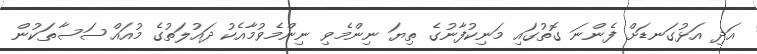
އަދި އަޅުގަނޑަށް ފެންނަ ގޮތުގައި މަނިކުފާނުގެ ތިޔަ ނިންމެވި ނިންމެވުމާއެކު ދައުލަތުގެ މުއައްސަސާތަކުން